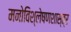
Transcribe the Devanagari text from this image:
मनोविश्लेषणशास्त्र